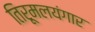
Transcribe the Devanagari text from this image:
तिरूमलयंगार